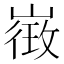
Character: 𭗓